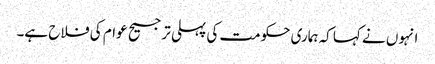
انہوں نے کہا کہ ہماری حکومت کی پہلی ترجیح عوام کی فلاح ہے۔